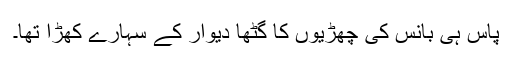
پاس ہی بانس کی چھڑیوں کا گٹھا دیوار کے سہارے کھڑا تھا۔